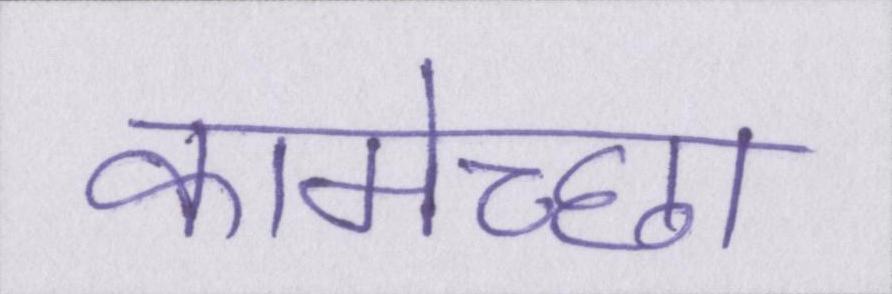
कामेच्छा